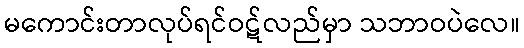
မကောင်းတာလုပ်ရင်ဝဋ်လည်မှာ သဘာဝပဲလေ။